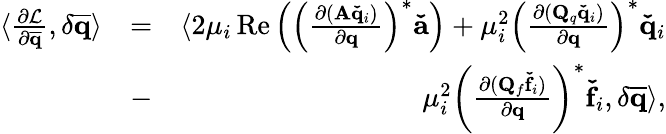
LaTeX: \begin{array}{rlr}{\langle\frac{\partial\mathcal{L}}{\partial\mathbf{\overline{{q}}}},\delta\mathbf{\overline{{q}}}\rangle}&{=}&{\langle 2\mu_{i}\operatorname{Re}\left(\left(\frac{\partial(\mathbf{A}\mathbf{\check{q}}_{i})}{\partial\mathbf{q}}\right)^{*}\mathbf{\check{a}}\right)+\mu_{i}^{2}\left(\frac{\partial(\mathbf{Q}_{q}\mathbf{\check{q}}_{i})}{\partial\mathbf{q}}\right)^{*}\mathbf{\check{q}}_{i}}\\ &{-}&{\mu_{i}^{2}\left(\frac{\partial(\mathbf{Q}_{f}\mathbf{\check{f}}_{i})}{\partial\mathbf{q}}\right)^{*}\mathbf{\check{f}}_{i},\delta\mathbf{\overline{{q}}}\rangle,}\end{array}